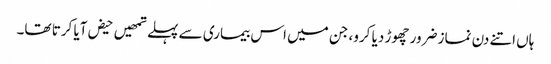
ہاں اتنے دن نماز ضرور چھوڑ دیا کرو، جن میں اس بیماری سے پہلے تمھیں حیض آیا کرتا تھا۔